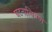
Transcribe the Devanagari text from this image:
घटनाचित्रण